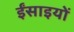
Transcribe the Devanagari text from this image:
ईंसाइयों